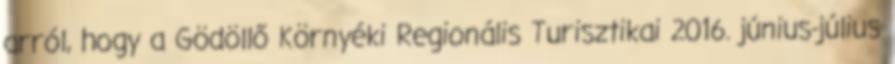
arról, hogy a Gödöllő Környéki Regionális Turisztikai 2016. június-július